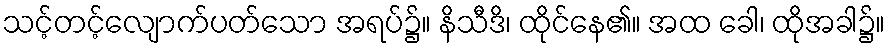
သင့်တင့်လျောက်ပတ်သော အရပ်၌။ နိသီဒိ၊ ထိုင်နေ၏။ အထ ခေါ၊ ထိုအခါ၌။